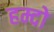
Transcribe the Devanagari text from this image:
हम्दो